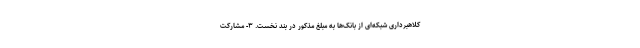
کلاهبرداری شبکه‌ای از بانک‌ها به مبلغ مذکور در بند نخست. ۳- مشارکت